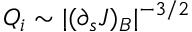
Q _ { i } \sim | ( \partial _ { s } J ) _ { B } | ^ { - 3 / 2 }